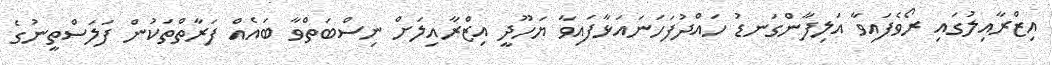
އިޒްރާއިލުގައި ރޯވެފައިވާ އަލިފާންގަނޑު ހައްދުފަހަނައަޅާފައިވާ ޔަހޫދީ އިޒްރާއިލަށް ނިސްބަތްވާ ބައެއް ފަރާތްތަކުން ފަލަސްތީނުގެ